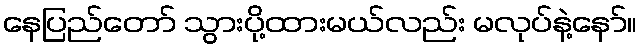
နေပြည်တော် သွားပို့ထားမယ်လည်း မလုပ်နဲ့နော်။